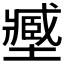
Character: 𡒉